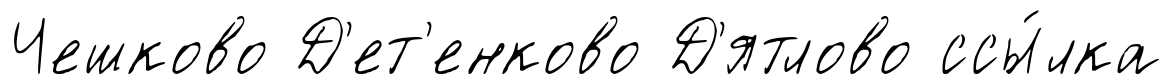
Чешково Д'ет'енково Д'ятлово ссы́лка